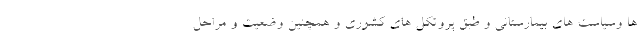
ها وسیاست های بیمارستانی و طبق پروتکل های کشوری و همچنین وضعیت و مراحل